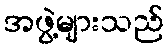
အဖွဲ့များသည်